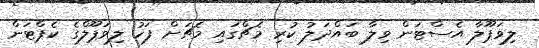
ލިވަޕޫލާ އެސްޓަން ވިލާ ބައްދަލު ކުރި މެޗްގައި މެޗަށް ފަހު ލިވަޕޫލްގެ ކެޕްޓަން